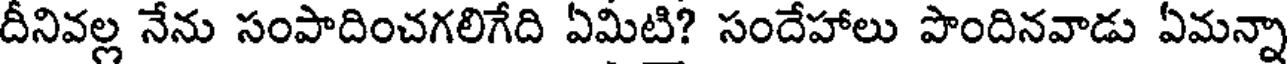
దీనివల్ల నేను సంపాదించగలిగేది ఏమీటి? సందేహాలు పొందినవాడు ఏమన్నా